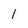
Character: 1